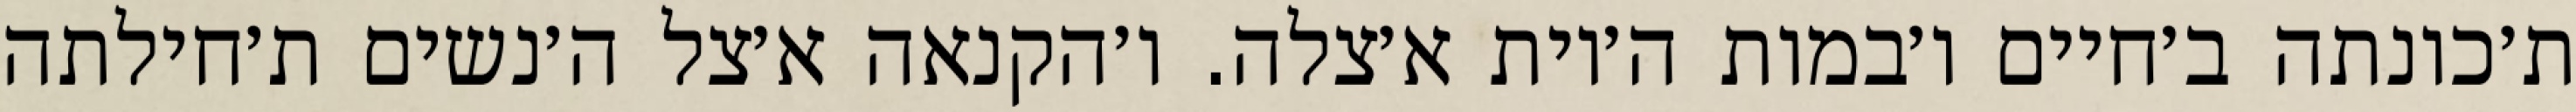
ת׳כונתה ב׳חיים ו׳במות ה׳יות א׳צלה. ו׳הקנאה א׳צל ה׳נשים ת׳חילתה